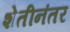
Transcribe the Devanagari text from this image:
शेतीनंतर